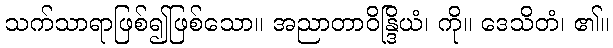
သက်သာရာဖြစ်၍ဖြစ်သော။ အညာတာဝိန္ဒြိယံ၊ ကို။ ဒေသိတံ၊ ၏။